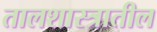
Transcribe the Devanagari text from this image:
तालशास्त्रातील